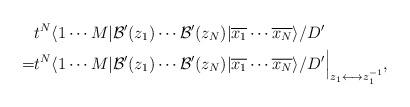
LaTeX: \begin{align*}&t^N \langle 1 \cdots M|\mathcal{B}^\prime(z_1)\cdots \mathcal{B}^\prime(z_N)|\overline{x_1} \cdots\overline{x_N} \rangle/D^\prime \\=&t^N \langle 1 \cdots M|\mathcal{B}^\prime(z_1)\cdots \mathcal{B}^\prime(z_N)|\overline{x_1} \cdots\overline{x_N} \rangle/D^\prime \Big|_{z_1 \longleftrightarrow z_1^{-1}},\end{align*}